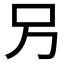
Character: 𠮠